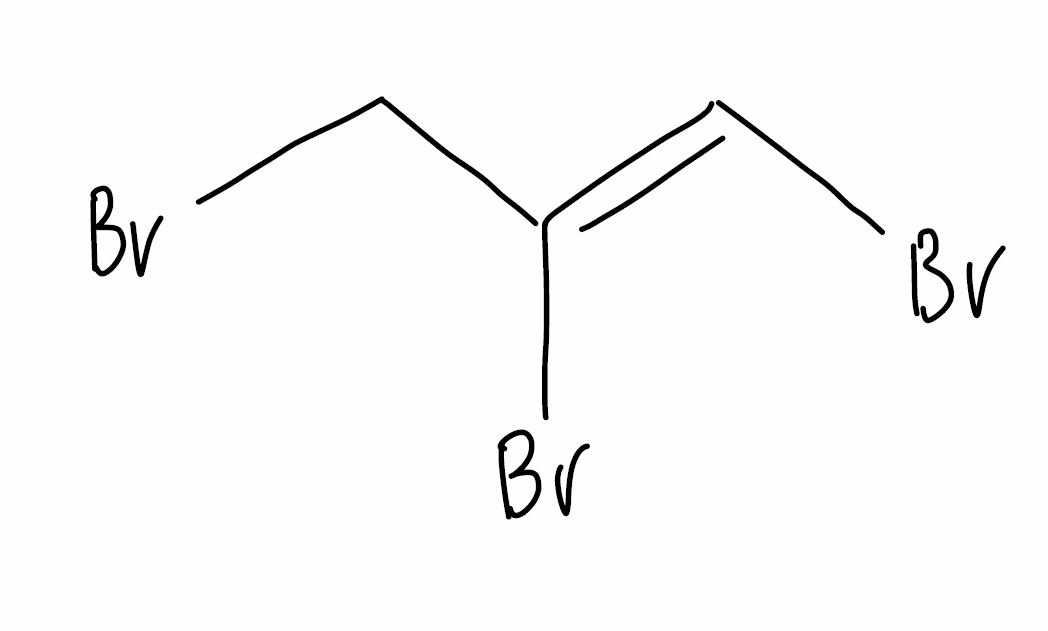
Simplified molecular-input line-entry system (SMILES) notation of the given molecule:
C(/C(=C/Br)/Br)Br